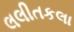
લલીતકલા